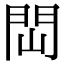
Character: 閊